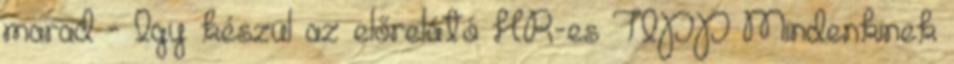
marad - Így készül az előrelátó HR-es TIPP Mindenkinek